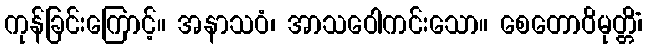
ကုန်ခြင်းကြောင့်။ အနာသဝံ၊ အာသဝေါကင်းသော။ စေတောဝိမုတ္တိံ၊